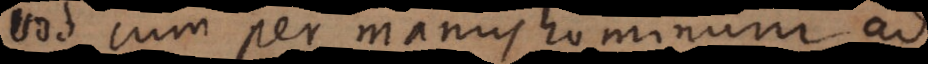
Quod cum per manus hominum ad